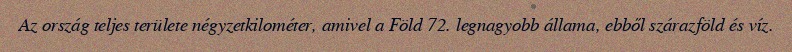
Az ország teljes területe négyzetkilométer, amivel a Föld 72. legnagyobb állama, ebből szárazföld és víz.